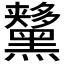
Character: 𪒨